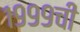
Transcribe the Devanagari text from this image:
१९९९ची